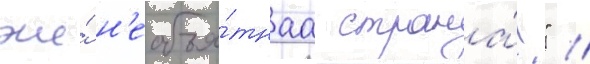
же́ н'еобъя́тнаа страна́!" //